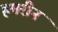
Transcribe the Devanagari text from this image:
हमरीन